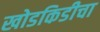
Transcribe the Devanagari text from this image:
खोडकिडीचा